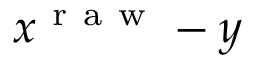
x ^ { \mathrm { ~ r ~ a ~ w ~ } } - y